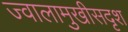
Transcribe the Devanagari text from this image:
ज्वालामुखीसदृश